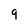
Character: 9